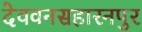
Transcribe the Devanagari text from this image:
देववनसहारनपुर